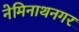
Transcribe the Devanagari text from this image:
नेमिनाथनगर